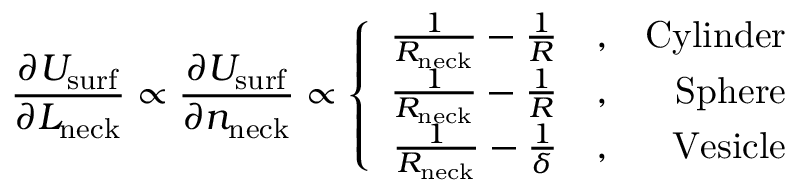
\frac { \partial U _ { \mathrm { s u r f } } } { \partial L _ { \mathrm { n e c k } } } \propto \frac { \partial U _ { \mathrm { s u r f } } } { \partial n _ { \mathrm { n e c k } } } \propto \left\{ \begin{array} { r l r } { \frac { 1 } { R _ { \mathrm { n e c k } } } - \frac { 1 } { R } } & { { } , } & { \mathrm { C y l i n d e r } } \\ { \frac { 1 } { R _ { \mathrm { n e c k } } } - \frac { 1 } { R } } & { { } , } & { \mathrm { S p h e r e } } \\ { \frac { 1 } { R _ { \mathrm { n e c k } } } - \frac { 1 } { \delta } } & { { } , } & { \mathrm { V e s i c l e } } \end{array} \right.